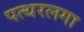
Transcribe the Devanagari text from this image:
पत्थरलगा